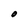
Character: O